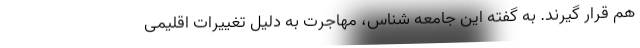
هم قرار گیرند. به گفته این جامعه شناس، مهاجرت به دلیل تغییرات اقلیمی